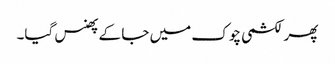
پھر لکشمی چوک میں جا کے پھنس گیا۔